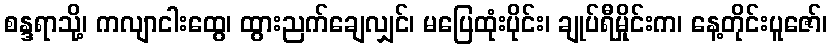
စန္ဒရာသို့၊ ကလျာငါးထွေ၊ ထွားညက်ချေလျှင်၊ မပြေထုံးပိုင်း၊ ချုပ်ရီမှိုင်းက၊ နေ့တိုင်းပူဇော်၊